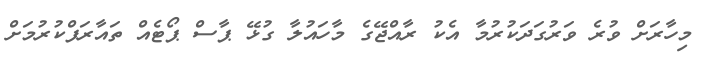
މިހާރަށް ވުރެ ވަރުގަދަކުރުމާ އެކު ރާއްޖޭގެ މާހައުލާ ގުޅޭ ޕާސް ޕޯޓެއް ތައާރަފްކުރުމަށް